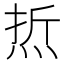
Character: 焎